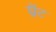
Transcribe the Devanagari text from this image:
ग्रेंट